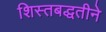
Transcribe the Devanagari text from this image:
शिस्तबद्धतीने